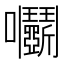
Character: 𡆞